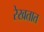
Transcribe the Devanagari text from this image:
रेखतात